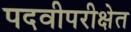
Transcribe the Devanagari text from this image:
पदवीपरीक्षेत